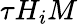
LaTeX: \tau H_{i}M